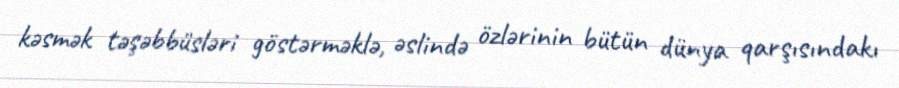
kəsmək təşəbbüsləri göstərməklə, əslində özlərinin bütün dünya qarşısındakı